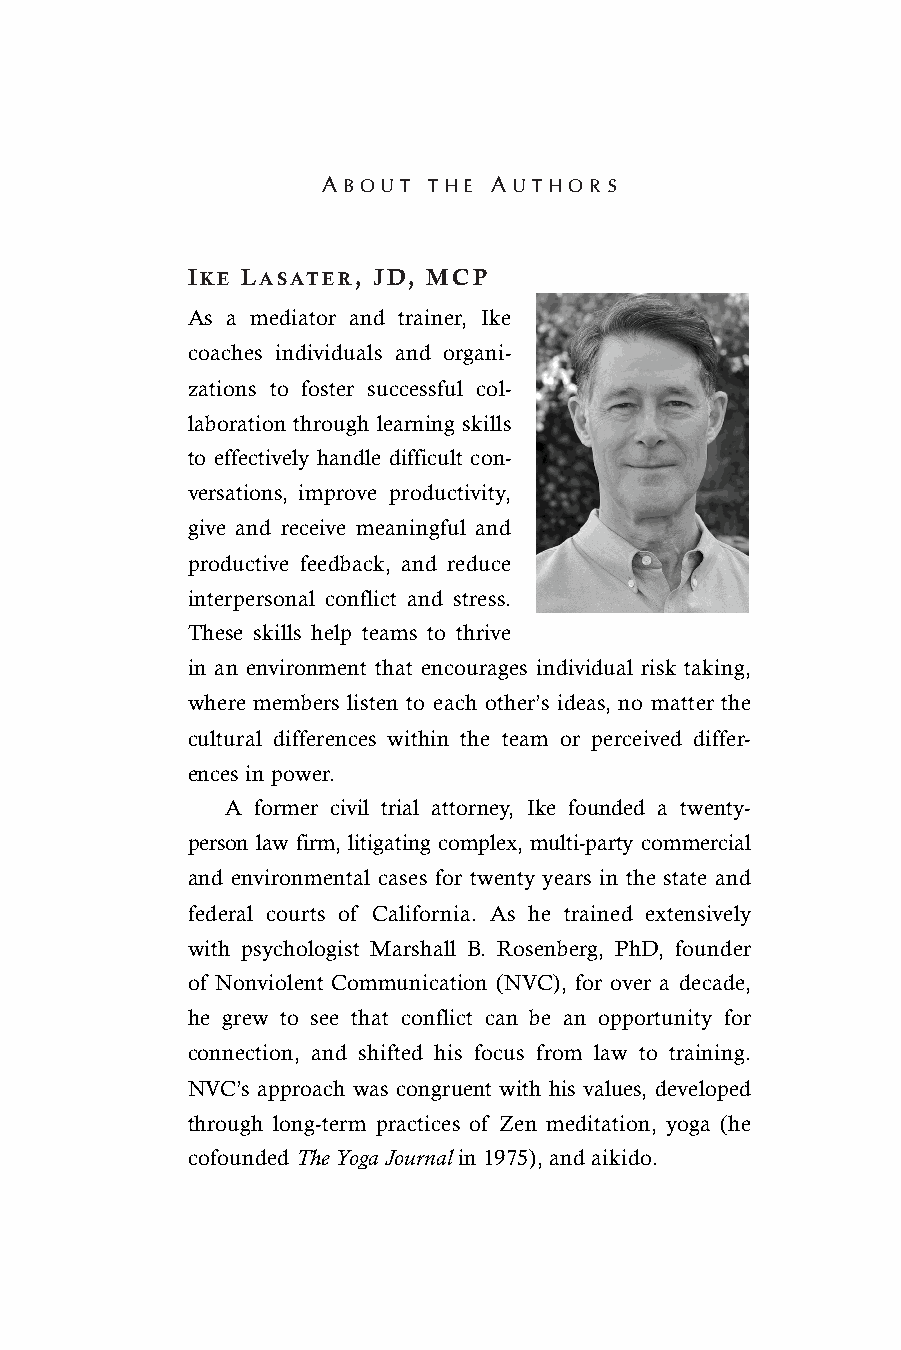
A B O U T T H E A U T H O R S
 IKE LASATER, JD, MCP
 As a mediator and trainer, Ike
 coaches individuals and organi-
 zations to foster successful col-
 laboration through learning skills
 to effectively handle difficult con-
 versations, improve productivity,
 give and receive meaningful and
 productive feedback, and reduce
 interpersonal conflict and stress.
 These skills help teams to thrive
 in an environment that encourages individual risk taking,
 where members listen to each other’s ideas, no matter the
 cultural differences within the team or perceived differ-
 ences in power.
 A former civil trial attorney, Ike founded a twenty-
 person law firm, litigating complex, multi-party commercial
 and environmental cases for twenty years in the state and
 federal courts of California. As he trained extensively
 with psychologist Marshall B. Rosenberg, PhD, founder
 of Nonviolent Communication (NVC), for over a decade,
 he grew to see that conflict can be an opportunity for
 connection, and shifted his focus from law to training.
 NVC’s approach was congruent with his values, developed
 through long-term practices of Zen meditation, yoga (he
 cofounded The Yoga Journal in 1975), and aikido.